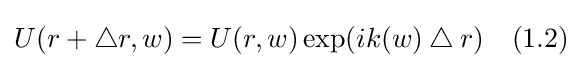
U(r+\bigtriangleup r,w)=U(r,w)\exp(ik(w)\bigtriangleup r)\quad (1.2)